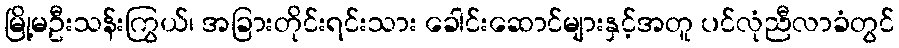
မြို့မဦးသန်းကြွယ်၊ အခြားတိုင်းရင်းသား ခေါင်းဆောင်များနှင့်အတူ ပင်လုံညီလာခံတွင်